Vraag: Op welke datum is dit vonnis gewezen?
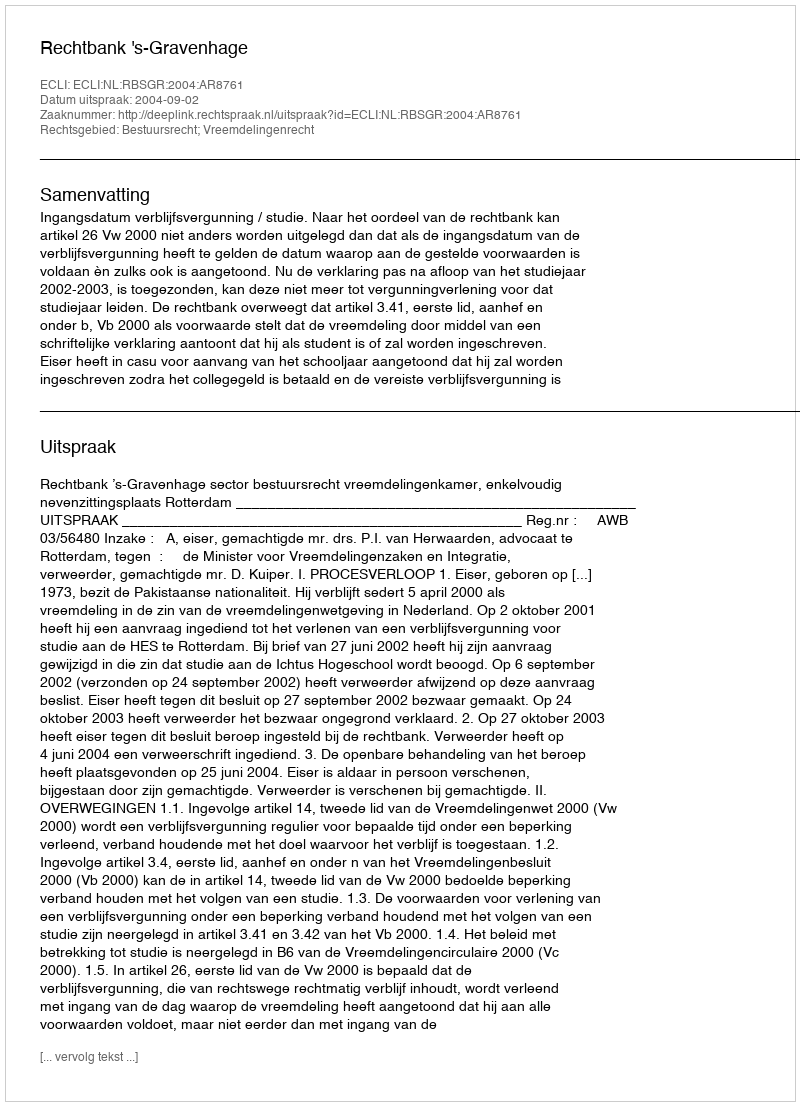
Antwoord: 2004-09-02